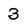
Character: 3